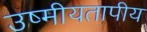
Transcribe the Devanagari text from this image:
उष्मीयतापीय